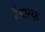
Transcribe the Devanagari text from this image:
रैंडाल्फ